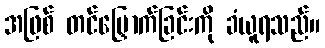
အဖြစ် တင်မြှောက်ခြင်းကို ခံယူရသည်။